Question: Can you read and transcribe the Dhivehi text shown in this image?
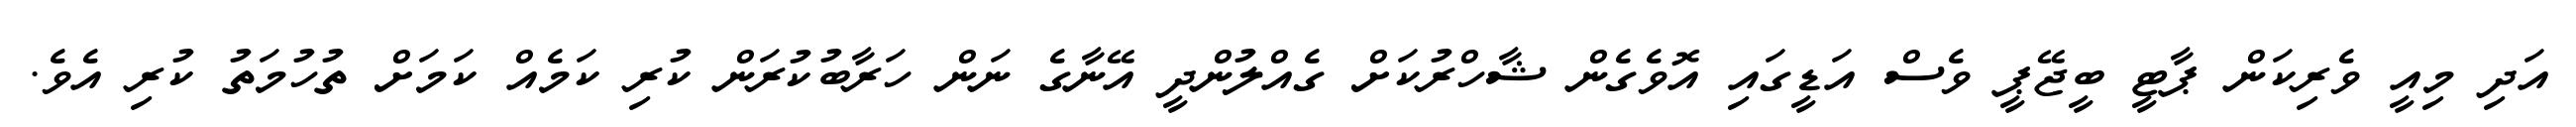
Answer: އަދި މިއީ ވެރިކަން ޕާޓީ ބީޖޭޕީ ވެސް އަޑީގައި އޮވެގެން ޝާހްރުކަށް ގެއްލުންދީ އޭނާގެ ނަން ހަރާބުކުރަން ކުރި ކަމެއް ކަމަށް ތުހުމަތު ކުރި އެވެ.